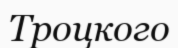
Троцкого